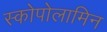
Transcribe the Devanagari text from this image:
स्कोपोलामिन